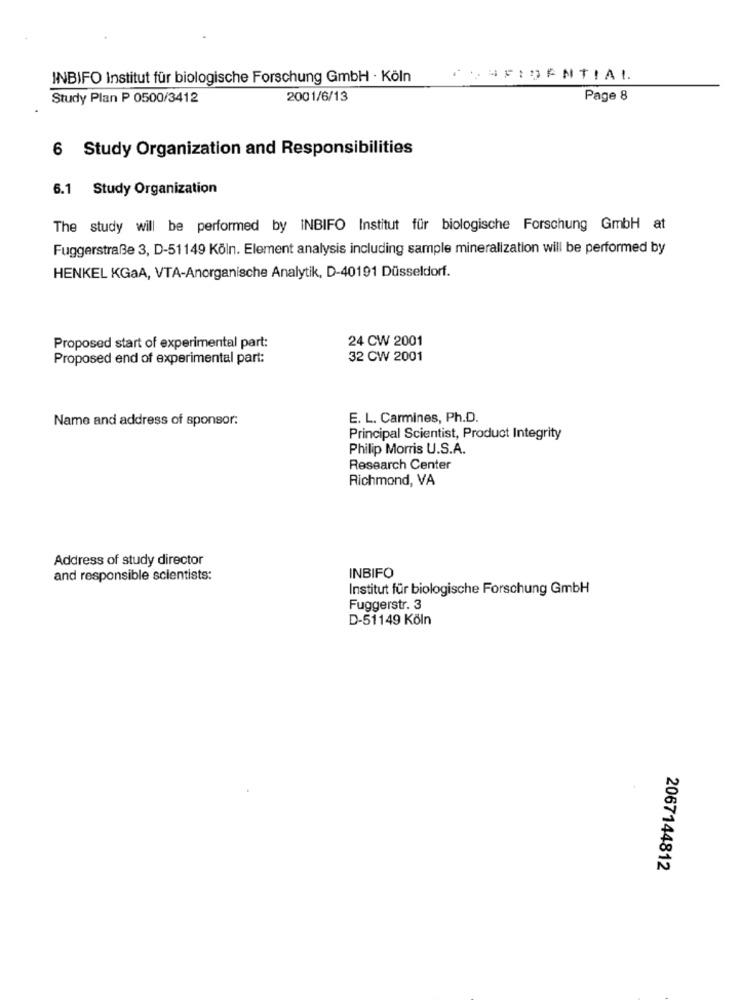
INBIFO Institut für biologische Forschung GmbH · Köln
CONFIDENTIAL
Study Plan P 0500/3412
2001/6/13
Page 8
6 Study Organization and Responsibilities
6.1 Study Organization
The study will be performed by INBIFO Institut für biologische Forschung GmbH at
Fuggerstraße 3, D-51149 Köln. Element analysis including sample mineralization will be performed by
HENKEL KGaA, VTA-Anorganische Analytik, D-40191 Düsseldorf.
24 CW 2001
Proposed start of experimental part:
Proposed end of experimental part:
32 CW 2001
Name and address of sponsor:
E. L. Carmines, Ph.D.
Principal Scientist, Product Integrity
Philip Morris U.S.A.
Research Center
Richmond, VA
Address of study director
and responsible scientists:
INBIFO
Institut für biologische Forschung GmbH
Fuggerstr. 3
D-51149 Köln
2067144812